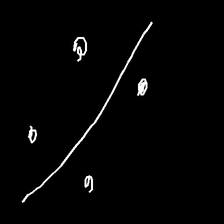
Glyph: cool